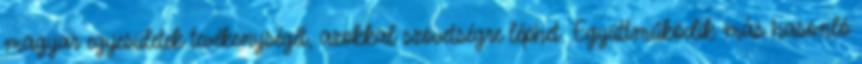
magyar egyesületek tevékenységét, azokkal szövetségre léphet. Együttműködik más hasonló